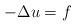
LaTeX: \begin{align*} -\Delta u = f\end{align*}